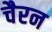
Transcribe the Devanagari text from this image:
चैरन